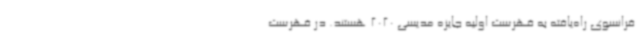
فرانسوی راه‌یافته به فهرست اولیه جایزه مدیسی 2020 هستند. در فهرست